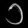
Digit: ၁